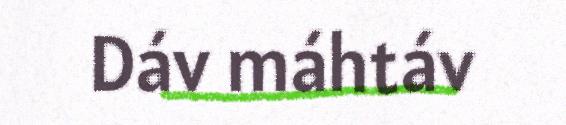
Dáv máhtáv